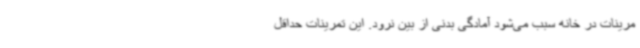
مرینات در خانه سبب می‌شود آمادگی بدنی از بین نرود. این تمرینات حداقل